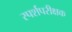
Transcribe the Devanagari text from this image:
स्पर्शपरीक्षक